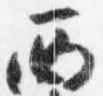
西